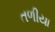
તળીયા